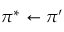
\pi ^ { * } \leftarrow \pi ^ { \prime }